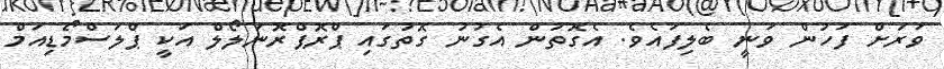
ވަރަށް ފަހުން ވަނީ ބެލިފައެވެ. އެގޮތުން އެގުނު ގޮތުގައި ޕްރޮޕްރޮނަލޯލް އަކީ ޕްލަސްމޯޑިއަމް